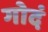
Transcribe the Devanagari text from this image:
गोदं